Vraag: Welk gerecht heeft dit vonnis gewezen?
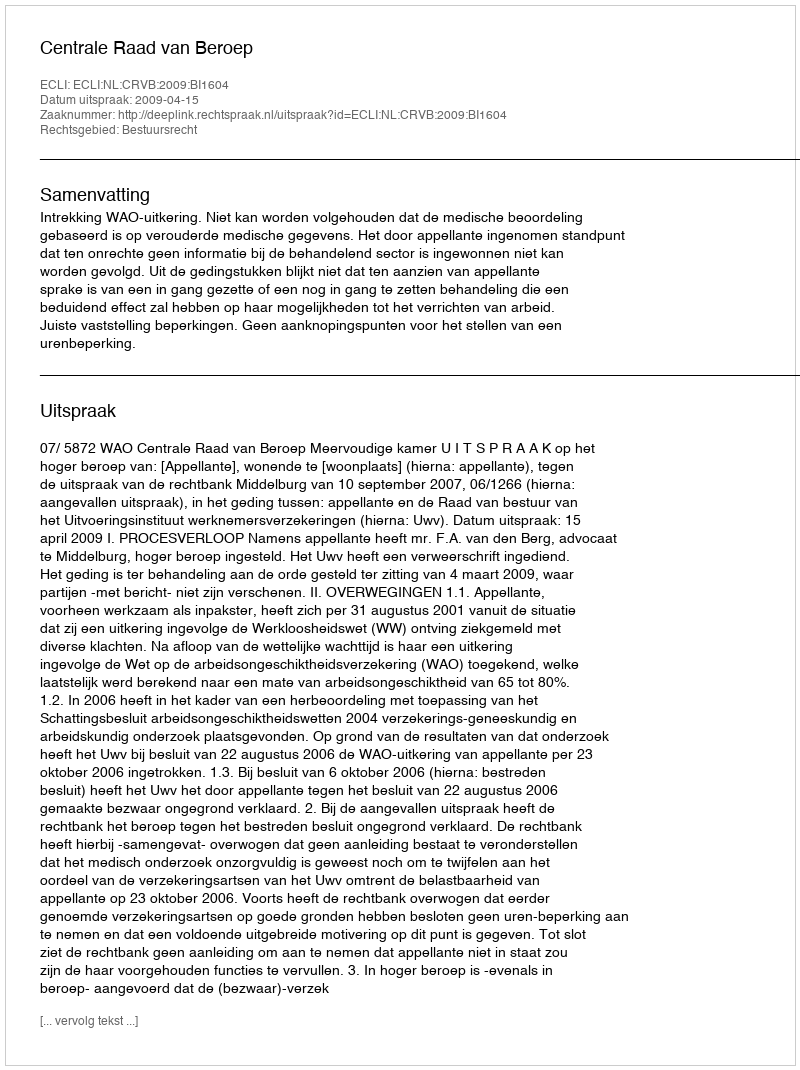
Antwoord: Centrale Raad van Beroep